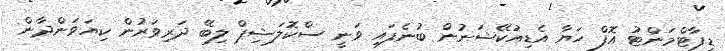
ޑިޕާޓްމަންޓު އޮފް ހަޔާ އެޑިއުކޭޝަނުން ބުނެފައި ވަނީ ސްކޮލަޝިޕް ލިބޭ ދަރިވަރުން ކިޔަވަންދާން